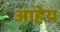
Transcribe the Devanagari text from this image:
आहेय